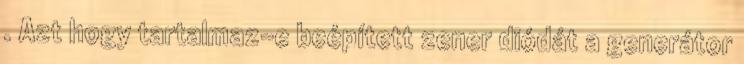
. Azt hogy tartalmaz-e beépített zener diódát a generátor